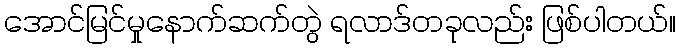
အောင်မြင်မှုနောက်ဆက်တွဲ ရလာဒ်တခုလည်း ဖြစ်ပါတယ်။